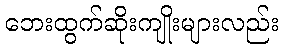
ဘေးထွက်ဆိုးကျိုးများလည်း